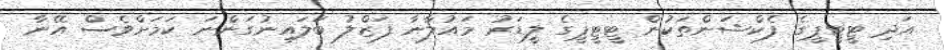
އަދި ޓީޓީޕީގެ ފެކްޝަންތަކުން ޓީޓީޕީގެ ލީޑަރު މައުލާނާ ފަޒްލު ބަލައިނުގަންނަ ކަމަށްވެސް އޭނާ